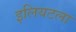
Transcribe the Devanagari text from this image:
इलियटला